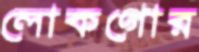
লোকগোর